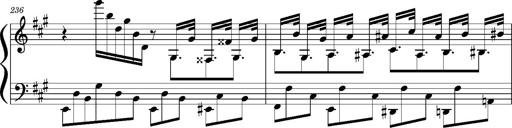
Title: Concerto sans orchestre, S.524a
Composer: Franz Liszt
Key: A major